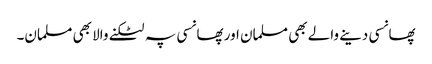
پھانسی دینے والے بھی مسلمان اور پھانسی پہ لٹکنے والا بھی مسلمان۔